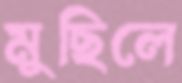
মুছিলে